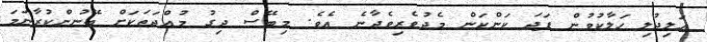
އަލިދުލި ހަލާކުވުން ފަދަ ކަންކަން މެދުވެރިވެދާނެ އެވެ. މިބޭސް ދިގު މުއްދަތަކަށް ބޭނުންކުރާނަމަ